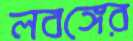
লবঙ্গের